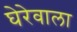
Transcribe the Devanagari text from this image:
घेरेवाला